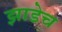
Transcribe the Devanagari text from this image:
झाडेच